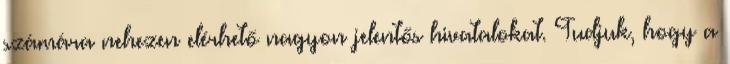
számára nehezen elérhető nagyon jelentős hivatalokat. Tudjuk, hogy a